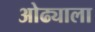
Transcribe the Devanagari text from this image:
ओढ्याला